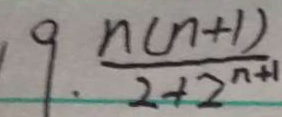
9 . \frac { n ( n + 1 ) } { 2 + 2 ^ { n + 1 } }